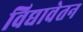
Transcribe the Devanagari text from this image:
विद्यावेतन